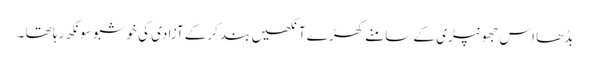
بڈھا اس جھونپڑی کے سامنے کھڑے آنکھیں بند کرکے آزادی کی خوشبو سونکھ رہا تھا ۔